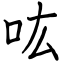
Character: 吰